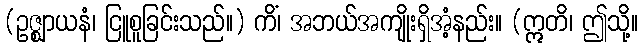
(ဥဇ္ဈာယနံ၊ ငြူစူခြင်းသည်။) ကိံ၊ အဘယ်အကျိုးရှိအံ့နည်း။ (ဣတိ၊ ဤသို့။